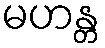
မဟန္တ